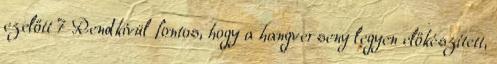
ezelőtt 7 Rendkívül fontos, hogy a hangverseny legyen előkészített,